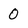
Character: 0